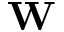
\mathbf W